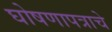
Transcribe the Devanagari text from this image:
घोषणापत्राचे